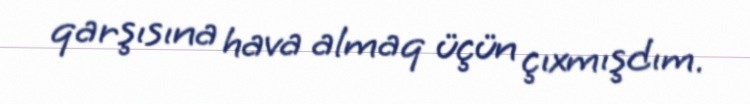
qarşısına hava almaq üçün çıxmışdım.